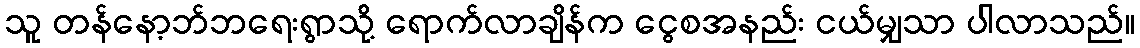
သူ တန်နော့ဘ်ဘရေးရွာသို့ ရောက်လာချိန်က ငွေစအနည်း ငယ်မျှသာ ပါလာသည်။